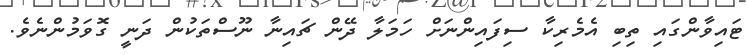
ޓައިވާންގައި ތިބި އެމެރިކާ ސިފައިންނަށް ހަމަލާ ދޭން ޗައިނާ ނޫސްތަކުން ދަނީ ގޮވަމުންނެވެ.